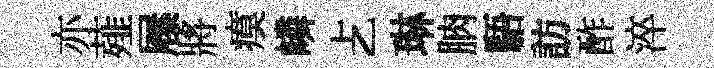
亦薤屧將瘼嶙𠧒琳朒䮏訪酢淬